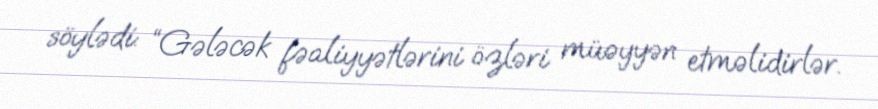
söylədi: “Gələcək fəaliyyətlərini özləri müəyyən etməlidirlər.